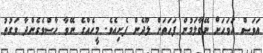
އަވަސް އަވަހަށް ނޭވާލަމުން ފަހަތަށް ލޫދެން ފެށިއެވެ. މީހެއްގެ ނޭވާ ހާސްވެގެންދާ ވަގުތު